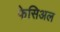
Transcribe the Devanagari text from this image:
फेसिअल